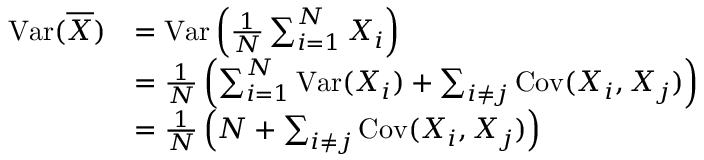
\begin{array} { r l } { \operatorname { V a r } ( \overline { { X } } ) } & { = \operatorname { V a r } \left( \frac 1 N \sum _ { i = 1 } ^ { N } X _ { i } \right) } \\ & { = \frac 1 N \left( \sum _ { i = 1 } ^ { N } \operatorname { V a r } ( X _ { i } ) + \sum _ { i \neq j } \operatorname { C o v } ( X _ { i } , X _ { j } ) \right) } \\ & { = \frac 1 N \left( N + \sum _ { i \neq j } \operatorname { C o v } ( X _ { i } , X _ { j } ) \right) } \end{array}